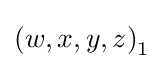
\left(w,x,y,z\right)_{1}